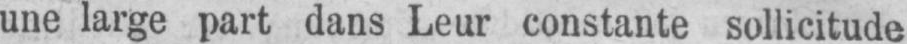
une large part dans Leur constante sollicitude